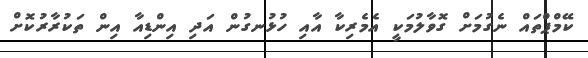
ކޭމްޕްތައް ނެގުމަށް ގޮވާލުމަކީ އެމެރިކާ އާއި ހުޅުނގުން އަދި އިންޑިއާ އިން ތަކުރާރުކޮށް